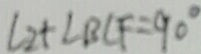
\angle 2 + \angle B C F = 9 0 ^ { \circ }